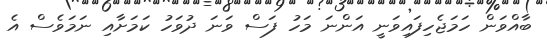
ބާއްވަން ހަމަޖެހިފައިވަނީ އަންނަ މަހު ފަސް ވަނަ ދުވަހު ކަމަށާއި ނަމަވެސް އެ